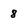
Character: 8